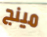
مينج